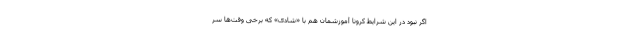
اگر نبود در این شرایط کرونا آموزشمان هم با «شادی» که برخی وقت‌ها سر